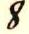
8